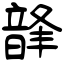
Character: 韸